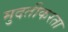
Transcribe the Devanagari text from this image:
मुदतीकरता